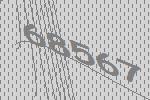
68567